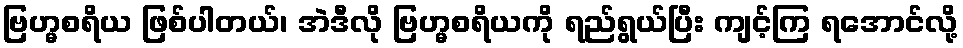
ဗြဟ္မစရိယ ဖြစ်ပါတယ်၊ အဲဒီလို ဗြဟ္မစရိယကို ရည်ရွယ်ပြီး ကျင့်ကြ ရအောင်လို့